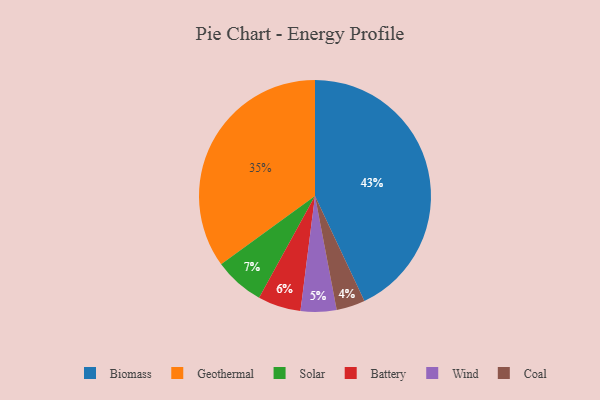
{"axis": {"x": "Category", "y": "Percentage"}, "legend": ["Battery", "Biomass", "Coal", "Geothermal", "Solar", "Wind"], "data": [{"x": "Coal", "y": 4, "type": "Coal"}, {"x": "Wind", "y": 5, "type": "Wind"}, {"x": "Solar", "y": 7, "type": "Solar"}, {"x": "Battery", "y": 6, "type": "Battery"}, {"x": "Geothermal", "y": 35, "type": "Geothermal"}, {"x": "Biomass", "y": 43, "type": "Biomass"}]}